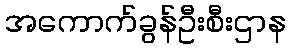
အကောက်ခွန်ဦးစီးဌာန